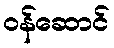
ဝန်ဆောင်